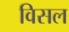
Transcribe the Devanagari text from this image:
विसल